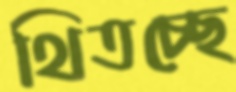
থিতচ্ছে